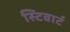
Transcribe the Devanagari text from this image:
स्टिवार्ट